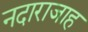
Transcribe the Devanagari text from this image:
नदाराजाह